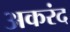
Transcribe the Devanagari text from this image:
अकरंद